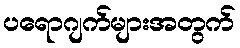
ပရောဂျက်များအတွက်